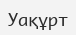
Уақұрт